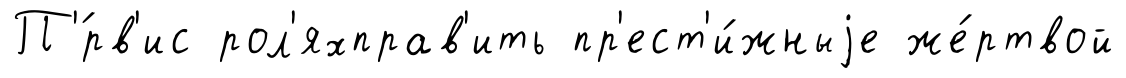
П'́рв'ис рол'яхправ'ить пр'ест'и́жныjе же́ртвой